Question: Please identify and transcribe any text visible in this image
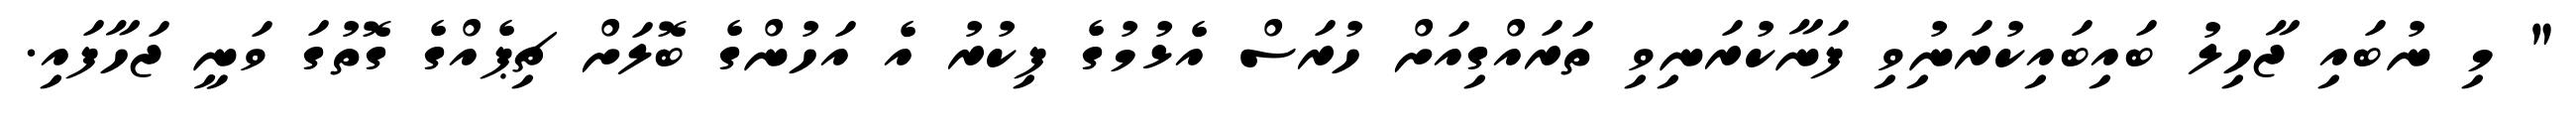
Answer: " މި ނުބައި ޖާހިލު ބައިބައިކުރަނިުވި ފަނާކުރަނިވި ތަރައްގިއަށް ހުރަސް އެޅުމުގެ ފިކުރު އެ އަހުންގެ ބޮލަށް ޗިޕެއްގެ ގޮތުގަ ވަނީ ޖަހާފައި.